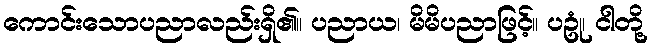
ကောင်းသောပညာလည်းရှိ၏။ ပညာယ၊ မိမိပညာဖြင့်။ ပဥုံ၊ ငါတို့